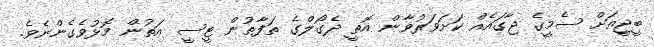
ބީޖީއަށް ސެމީގެ ޖާގައެއް ކަށަވަރުވާން އޮތީ ދެގޯލްގެ ތަފާތުން ޓީސީ އަތުން މޮޅުވެގެންނެވެ.